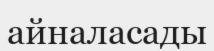
айналасады